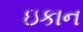
ઇકાન